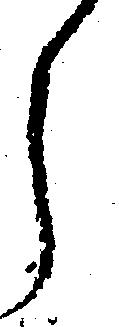
う